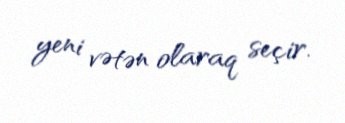
yeni vətən olaraq seçir.